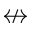
\nleftrightarrow